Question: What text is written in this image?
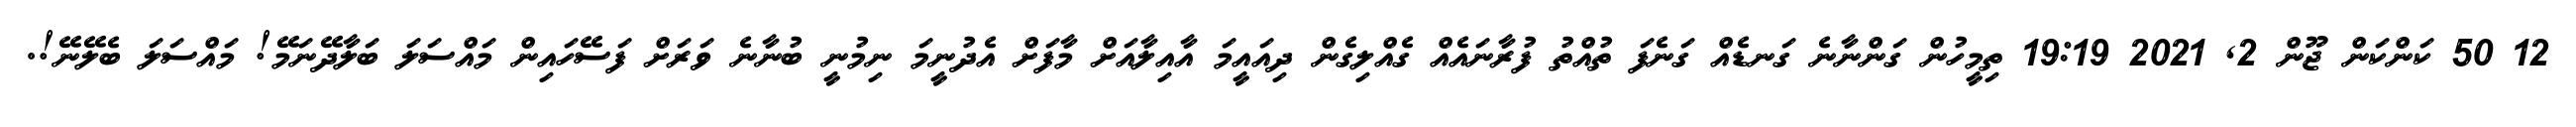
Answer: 12 50 ކަންކަން ޖޫން 2, 2021 19:19 ތިމީހުން ގަންނާނެ ގަނޑެއް ގަނެފަ ތުއްތު ފުރާނައެއް ގެއްލިގެން ދިއައީމަ އާއިލާއަށް މާފަށް އެދުނީމަ ނިމުނީ ބުނާނެ ވަރަށް ފަސޭހައިން މައްސަލަ ބަލާދޭނަމޭ! މައްސަލަ ބެލޭނޭ!.